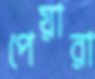
পেয়ারা